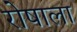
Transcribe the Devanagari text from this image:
रोषाला